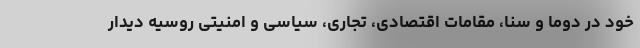
خود در دوما و سنا، مقامات اقتصادی، تجاری، سیاسی و امنیتی روسیه دیدار